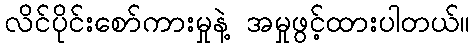
လိင်ပိုင်းစော်ကားမှုနဲ့ အမှုဖွင့်ထားပါတယ်။